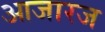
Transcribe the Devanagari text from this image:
आजारज